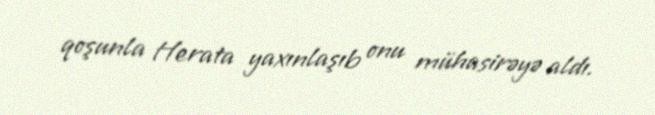
qoşunla Herata yaxınlaşıb onu mühasirəyə aldı.